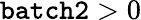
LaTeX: \mathtt{batch2}>0